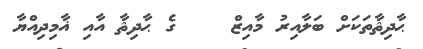
ޙާދިޘާތަކަށް ބަލާއިރު މާއިޒް    ގެ ޙާދިޘާ އާއި ޣާމިދިއްޔާ